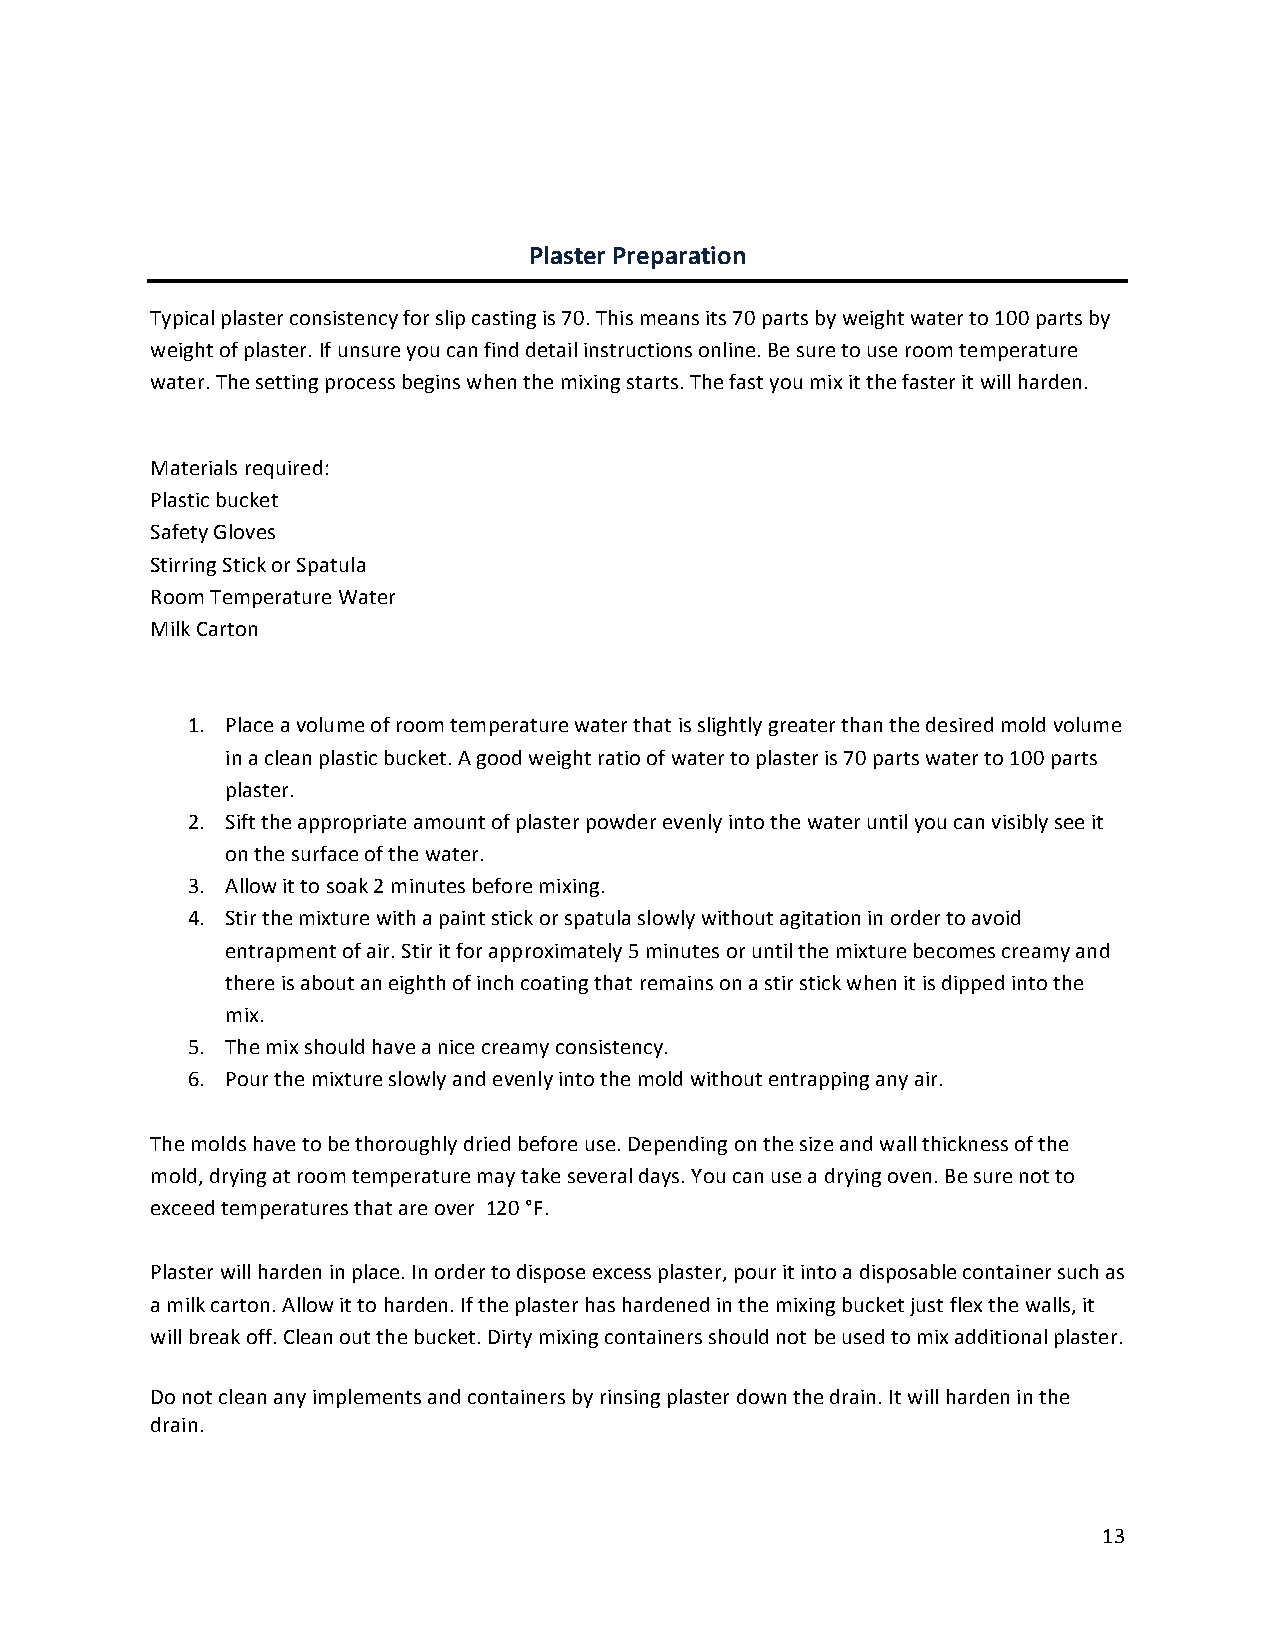
Plaster Preparation
 Typical plaster consistency for slip casting is 70. This means its 70 parts by weight water to 100 parts by
 weight of plaster. If unsure you can find detail instructions online. Be sure to use room temperature
 water. The setting process begins when the mixing starts. The fast you mix it the faster it will harden.
 Materials required:
 Plastic bucket
 Safety Gloves
 Stirring Stick or Spatula
 Room Temperature Water
 Milk Carton
 1. Place a volume of room temperature water that is slightly greater than the desired mold volume
 in a clean plastic bucket. A good weight ratio of water to plaster is 70 parts water to 100 parts
 plaster.
 2. Sift the appropriate amount of plaster powder evenly into the water until you can visibly see it
 on the surface of the water.
 3. Allow it to soak 2 minutes before mixing.
 4. Stir the mixture with a paint stick or spatula slowly without agitation in order to avoid
 entrapment of air. Stir it for approximately 5 minutes or until the mixture becomes creamy and
 there is about an eighth of inch coating that remains on a stir stick when it is dipped into the
 mix.
 5. The mix should have a nice creamy consistency.
 6. Pour the mixture slowly and evenly into the mold without entrapping any air.
 The molds have to be thoroughly dried before use. Depending on the size and wall thickness of the
 mold, drying at room temperature may take several days. You can use a drying oven. Be sure not to
 exceed temperatures that are over 120 °F.
 Plaster will harden in place. In order to dispose excess plaster, pour it into a disposable container such as
 a milk carton. Allow it to harden. If the plaster has hardened in the mixing bucket just flex the walls, it
 will break off. Clean out the bucket. Dirty mixing containers should not be used to mix additional plaster.
 Do not clean any implements and containers by rinsing plaster down the drain. It will harden in the
 drain.
 13